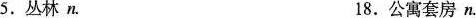
5.丛林n. 18.公寓套房n.